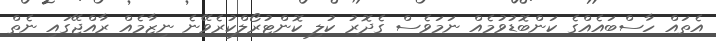
އެތައް ހާސްބައެއްގެ ކަންބޮޑުވުމެއް ނަމަވެސް ގެދޮރު ކުލި ކޮންޓުރޯލްކުރެވޭނެ ނިޒާމެއް ރާއްޖޭގައި ނެތް